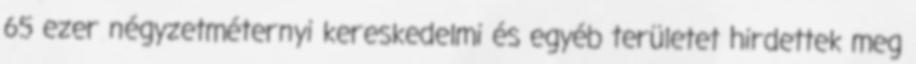
65 ezer négyzetméternyi kereskedelmi és egyéb területet hirdettek meg